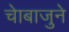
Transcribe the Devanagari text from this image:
चाेबाजुने